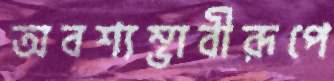
অবশ্যম্ভাবীরূপে